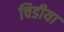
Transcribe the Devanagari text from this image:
चिडीया